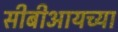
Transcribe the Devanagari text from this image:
सीबीआयच्या